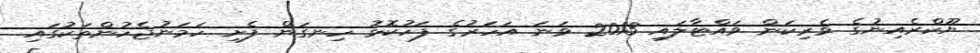
ޔޫކްރެއިނުގެ ވެރިކަން ވައްޓާލައި 2013 ވަނަ އަހަރުގެ ފަހުކޮޅު ހިނގަން ފެށި ހަމަނުޖެހުންތަކުގައި